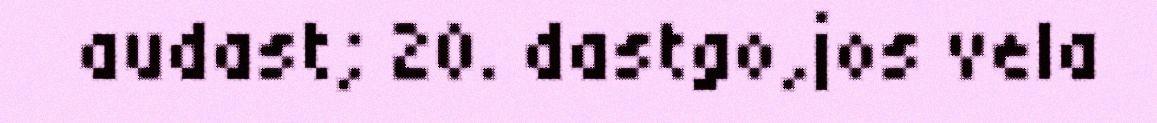
audast; 20. dastgo,jos vela